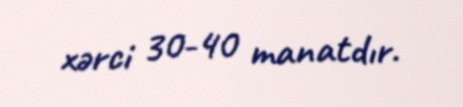
xərci 30-40 manatdır.